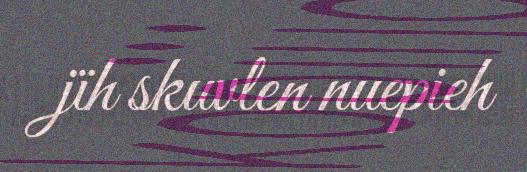
jïh skuvlen nuepieh